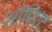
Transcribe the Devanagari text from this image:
ओपिएट